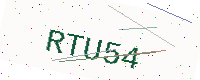
Text: RTU54